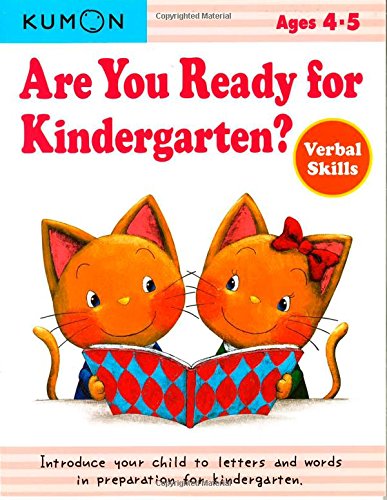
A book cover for Are you Ready for Kindergarten?: Verbal Skills; Kumon; Children's Books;